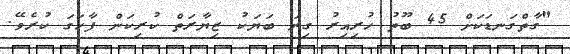
"ގާތްގަނޑަކަށް 45 ބޫތު ހުރިއިރު ގިނަ ބަޔަކު ޒިޔާރަތް ކުރިކަން ފާހަގަ ކުރެވޭ.